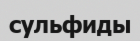
сульфиды